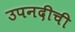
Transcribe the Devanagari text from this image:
उपनदीची